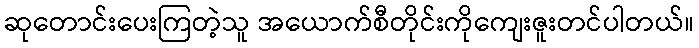
ဆုတောင်းပေးကြတဲ့သူ အယောက်စီတိုင်းကိုကျေးဇူးတင်ပါတယ်။